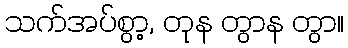
သက်အပ်စွာ့, တုန တွာန တွာ။